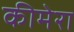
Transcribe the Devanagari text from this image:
कीमेरा